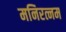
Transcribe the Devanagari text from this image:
मनिरत्नम